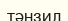
тәнзил